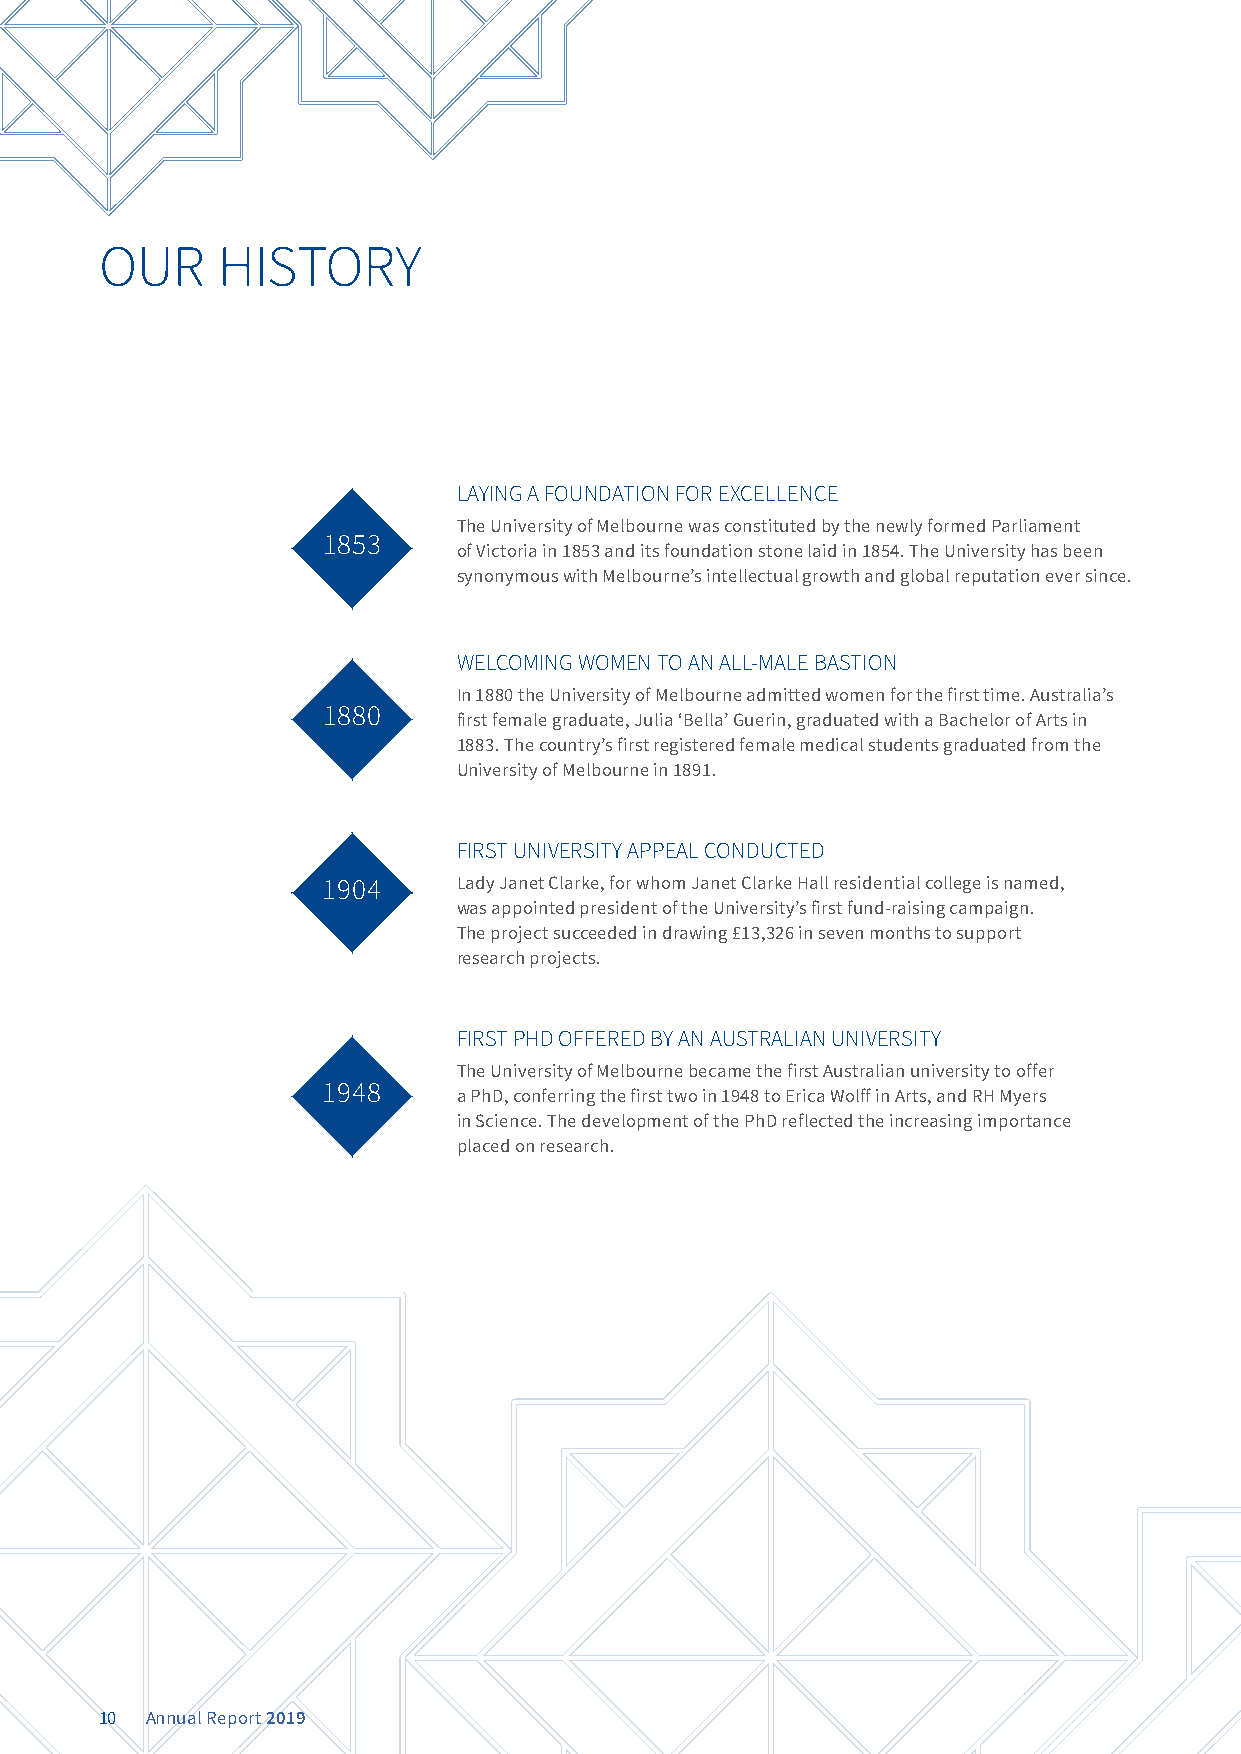
OUR    HISTORY
 LAYING A FOUNDATION FOR EXCELLENCE
 The University of Melbourne was constituted by the newly formed Parliament
 1853
 of Victoria in 1853 and its foundation stone laid in 1854. The University has been
 synonymous with Melbourne’s intellectual growth and global reputation ever since.
 WELCOMING WOMEN TO AN ALL-MALE BASTION
 In 1880 the University of Melbourne admitted women for the first time. Australia’s
 1880
 first female graduate, Julia ‘Bella’ Guerin, graduated with a Bachelor of Arts in
 1883. The country’s first registered female medical students graduated from the
 University of Melbourne in 1891.
 FIRST UNIVERSITY APPEAL CONDUCTED
 1904     Lady Janet Clarke, for whom Janet Clarke Hall residential college is named,
 was appointed president of the University’s first fund-raising campaign.
 The project succeeded in drawing £13,326 in seven months to support
 research projects.
 FIRST PHD OFFERED BY AN AUSTRALIAN UNIVERSITY
 The University of Melbourne became the first Australian university to offer
 1948
 a PhD, conferring the first two in 1948 to Erica Wolff in Arts, and RH Myers
 in Science. The development of the PhD reflected the increasing importance
 placed on research.
 10 Annual Report 2019